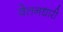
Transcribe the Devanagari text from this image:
वेतनधारी